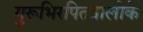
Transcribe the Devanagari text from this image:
गुरूभिरपितंत्रालोके